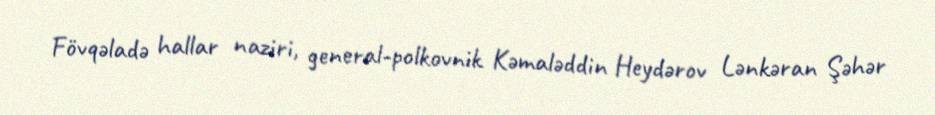
Fövqəladə hallar naziri, general-polkovnik Kəmaləddin Heydərov Lənkəran Şəhər